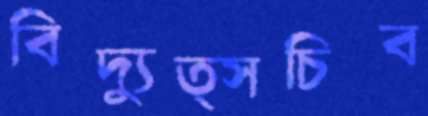
বিদ্যুত্সচিব